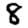
Digit: 8